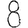
Digit: 8